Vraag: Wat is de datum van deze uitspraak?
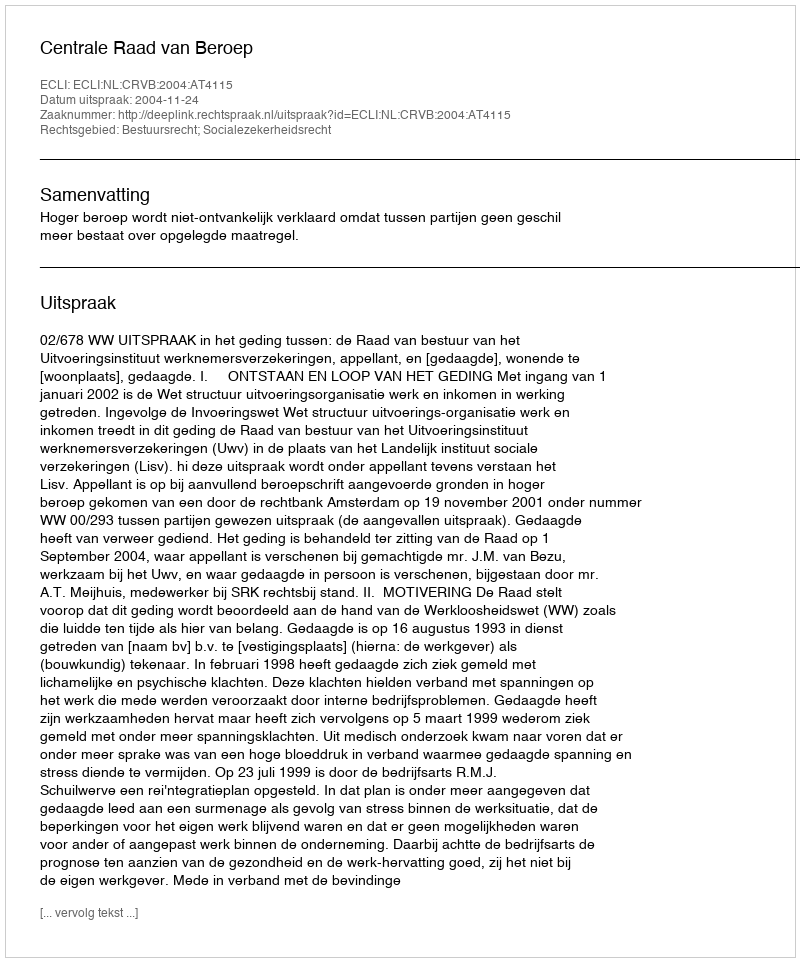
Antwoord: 2004-11-24